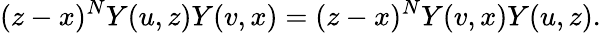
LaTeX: (z-x)^{N}Y(u,z)Y(v,x)=(z-x)^{N}Y(v,x)Y(u,z).